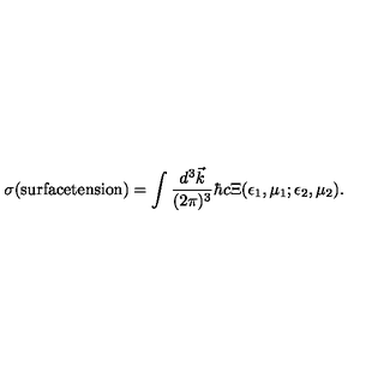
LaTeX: \sigma ( \mathrm { s u r f a c e t e n s i o n } ) = \int { \frac { d ^ { 3 } \vec { k } } { ( 2 \pi ) ^ { 3 } } } \hbar c \Xi ( \epsilon _ { 1 } , \mu _ { 1 } ; \epsilon _ { 2 } , \mu _ { 2 } ) .